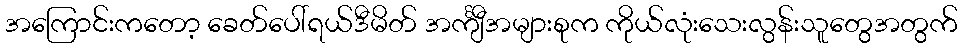
အကြောင်းကတော့ ခေတ်ပေါ်ရယ်ဒီမိတ် အင်္ကျီအများစုက ကိုယ်လုံးသေးလွန်းသူတွေအတွက်